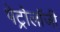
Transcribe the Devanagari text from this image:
पेट्रोलॉजी